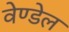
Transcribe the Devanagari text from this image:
वेण्डेल